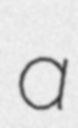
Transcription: a